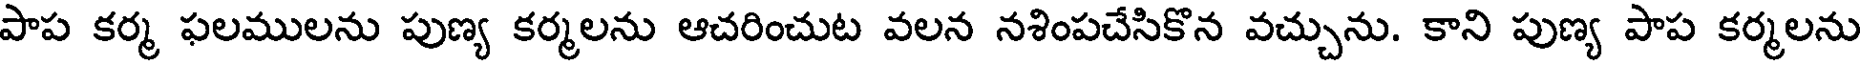
పాప కర్మ ఫలములను పుణ్య కర్మలను ఆచరించుట వలన నశింపచేసికొన వచ్చును. కాని పుణ్య పాప కర్మలను